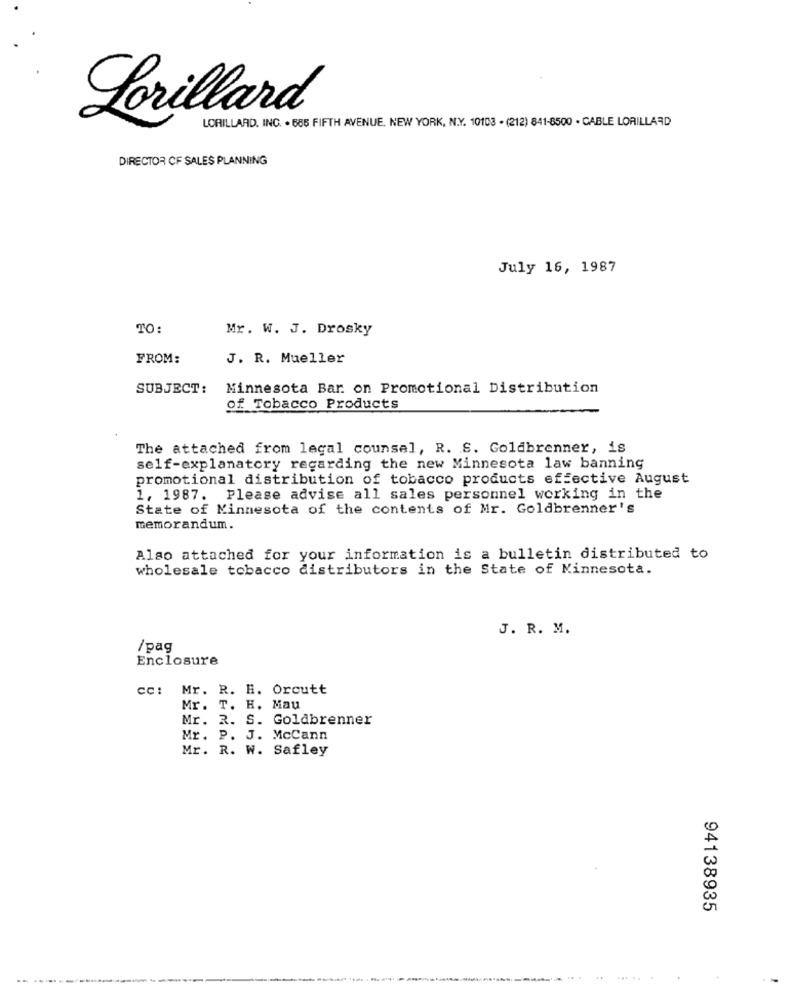
Lorillard
LORILLARD. INC. . 686 FIFTH AVENUE, NEW YORK, N.Y. 10103 . (212) 841-6500 - CABLE LORILLARD
DIRECTOR OF SALES PLANNING
July 16, 1987
TO:
Mr. W. J. Drosky
FROM:
J. R. Mueller
SUBJECT:
Minnesota Bar on Promotional Distribution
of Tobacco Products
The attached from legal counsel, R. S. Goldbrenner, is
self-explanatory regarding the new Minnesota law banning
promotional distribution of tobacco products effective August
1, 1987. Please advise all sales personnel working in the
State of Minnesota of the contents of Mr. Goldbrenner's
memorandum.
Also attached for your information is a bulletin distributed to
wholesale tobacco distributors in the State of Minnesota.
J. R. M.
/pag
Enclosure
cc: Mr. R. H. Orcutt
Mr. T. H. Mau
Mr. R. S. Goldbrenner
Mr. P. J. McCann
Mr. R. W. Safley
94138935
--------